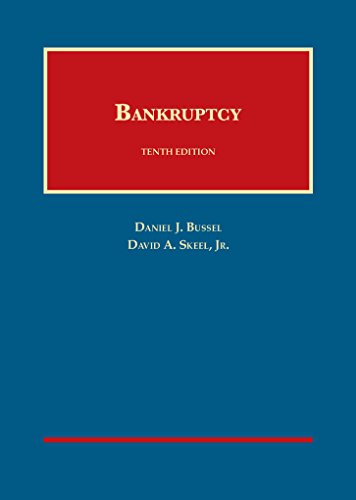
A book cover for Bankruptcy (University Casebook Series); Daniel Bussel; Law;